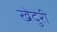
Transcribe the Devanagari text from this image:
खेदुरी